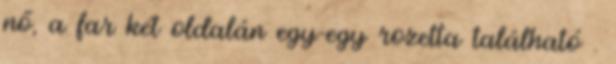
nő, a far két oldalán egy-egy rozetta található .